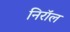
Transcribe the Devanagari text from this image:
निरॉल